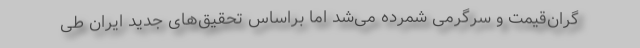
گران‌قیمت و سرگرمی شمرده می‌شد اما براساس تحقیق‌های جدید ایران طی